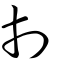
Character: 刌